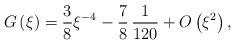
LaTeX: \begin{align*}G\left( \xi \right) =\frac{3}{8}\xi ^{-4}-\frac{7}{8}\,\frac{1}{120}+O\left(\xi ^{2}\right) , \end{align*}